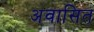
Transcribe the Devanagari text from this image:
अवासित